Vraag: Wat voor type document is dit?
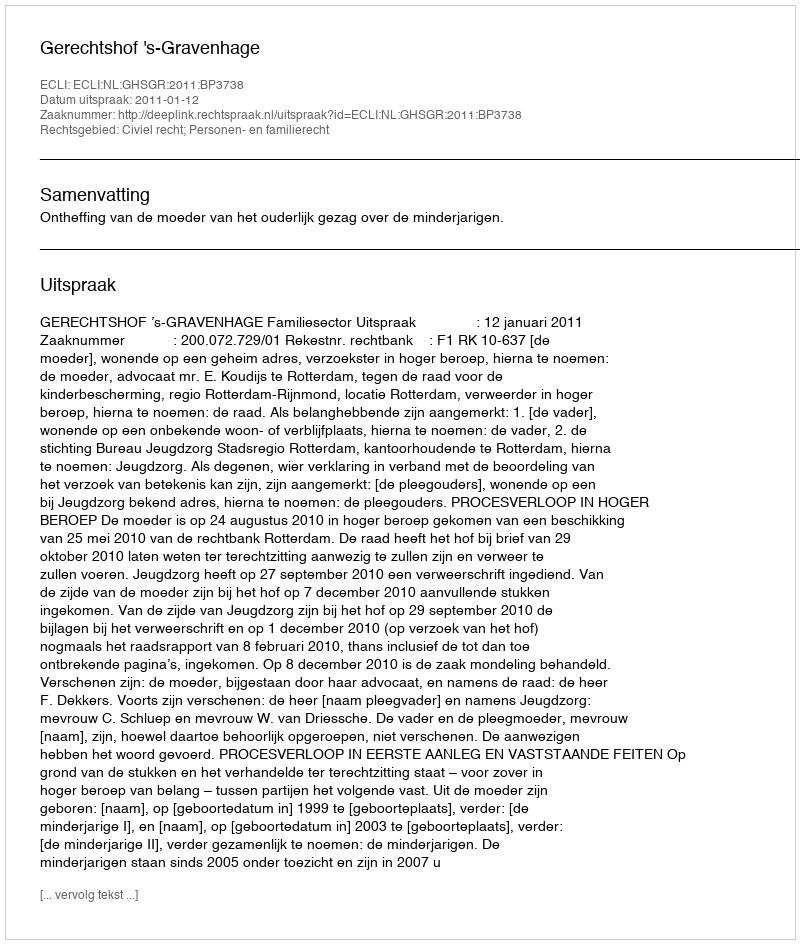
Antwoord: Uitspraak